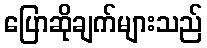
ပြောဆိုချက်များသည်